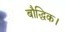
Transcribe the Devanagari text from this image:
बौद्धिक।